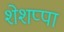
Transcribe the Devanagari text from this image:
शेशप्पा